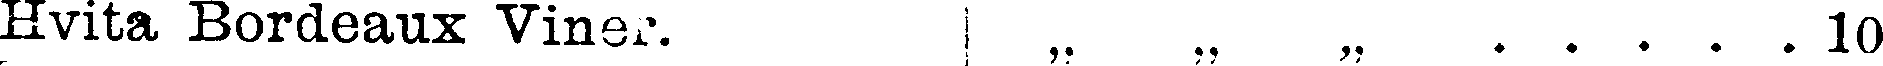
Hvita Bordeaux Viner. „ „ „ . . . . . 10